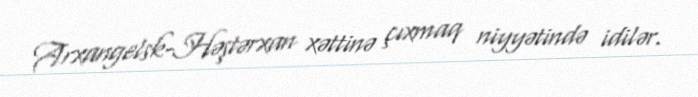
Arxangelsk-Həştərxan xəttinə çıxmaq niyyətində idilər.